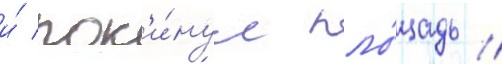
и́ пок'и́нул пло́щадь /